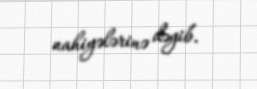
nahiyələrinə dəyib.